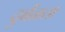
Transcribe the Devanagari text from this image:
दुर्बळता